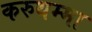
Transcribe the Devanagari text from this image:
करुथम्मा